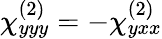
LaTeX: \chi_{yyy}^{(2)}=-\chi_{yxx}^{(2)}